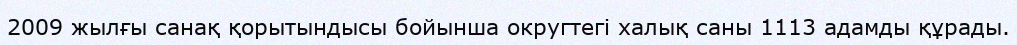
2009 жылғы санақ қорытындысы бойынша округтегі халық саны 1113 адамды құрады.